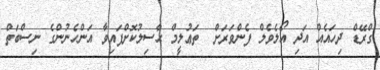
ގްރޭޑް ދިހައެއް އަދި އޯލެވެލް ފެންވަރަށް  ތަޢުލީމް ޙާސިލުކޮށްފައިވާ އަންހެނުންގެ ނިސްބަތް